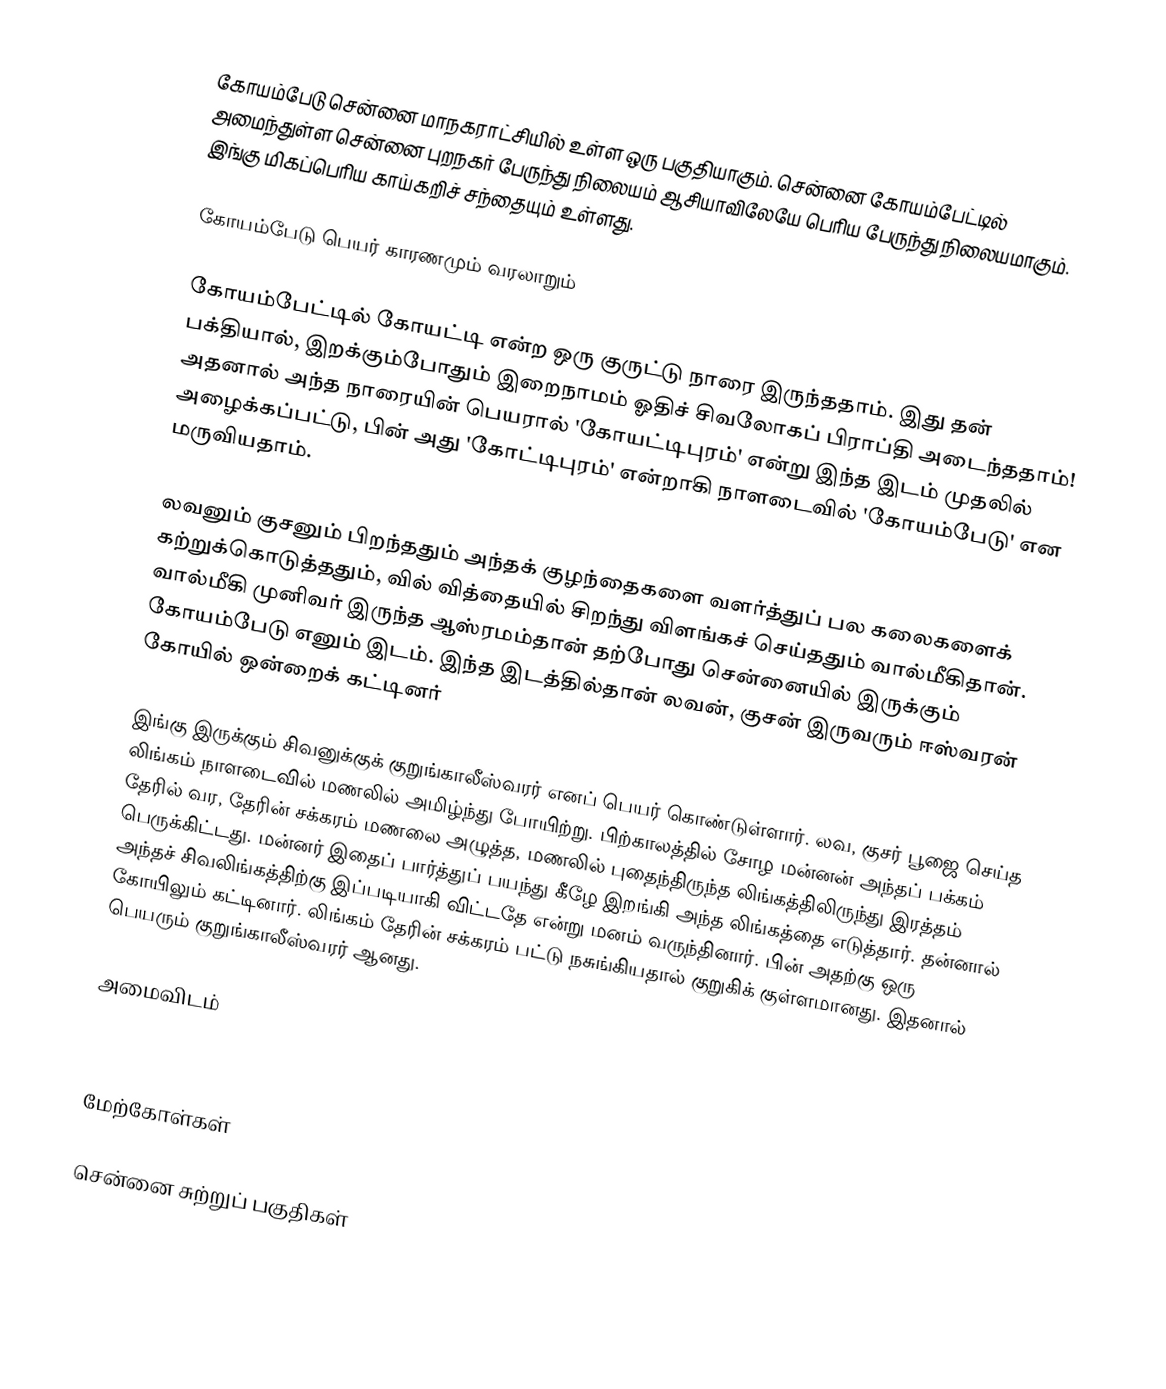
கோயம்பேடு சென்னை மாநகராட்சியில் உள்ள ஒரு பகுதியாகும். சென்னை கோயம்பேட்டில் அமைந்துள்ள சென்னை புறநகர் பேருந்து நிலையம் ஆசியாவிலேயே பெரிய பேருந்து நிலையமாகும். இங்கு மிகப்பெரிய காய்கறிச் சந்தையும் உள்ளது.

கோயம்பேடு பெயர் காரணமும் வரலாறும்

கோயம்பேட்டில் கோயட்டி என்ற ஒரு குருட்டு நாரை இருந்ததாம். இது தன் பக்தியால், இறக்கும்போதும் இறைநாமம் ஓதிச் சிவலோகப் பிராப்தி அடைந்ததாம்! அதனால் அந்த நாரையின் பெயரால் 'கோயட்டிபுரம்' என்று இந்த இடம் முதலில் அழைக்கப்பட்டு, பின் அது 'கோட்டிபுரம்' என்றாகி நாளடைவில் 'கோயம்பேடு' என மருவியதாம்.

லவனும் குசனும் பிறந்ததும் அந்தக் குழந்தைகளை வளர்த்துப் பல கலைகளைக் கற்றுக்கொடுத்ததும், வில் வித்தையில் சிறந்து விளங்கச் செய்ததும் வால்மீகிதான். வால்மீகி முனிவர் இருந்த ஆஸ்ரமம்தான் தற்போது சென்னையில் இருக்கும் கோயம்பேடு எனும் இடம். இந்த இடத்தில்தான் லவன், குசன் இருவரும் ஈஸ்வரன் கோயில் ஒன்றைக் கட்டினர்

இங்கு இருக்கும் சிவனுக்குக் குறுங்காலீஸ்வரர் எனப் பெயர் கொண்டுள்ளார். லவ, குசர் பூஜை செய்த லிங்கம் நாளடைவில் மணலில் அமிழ்ந்து போயிற்று. பிற்காலத்தில் சோழ மன்னன் அந்தப் பக்கம் தேரில் வர, தேரின் சக்கரம் மணலை அழுத்த, மணலில் புதைந்திருந்த லிங்கத்திலிருந்து இரத்தம் பெருக்கிட்டது. மன்னர் இதைப் பார்த்துப் பயந்து கீழே இறங்கி அந்த லிங்கத்தை எடுத்தார். தன்னால் அந்தச் சிவலிங்கத்திற்கு இப்படியாகி விட்டதே என்று மனம் வருந்தினார். பின் அதற்கு ஒரு கோயிலும் கட்டினார். லிங்கம் தேரின் சக்கரம் பட்டு நசுங்கியதால் குறுகிக் குள்ளமானது. இதனால் பெயரும் குறுங்காலீஸ்வரர் ஆனது.

அமைவிடம்



மேற்கோள்கள்

சென்னை சுற்றுப் பகுதிகள்